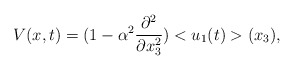
\begin{align*}V(x,t)=(1-\alpha^2\frac{\partial^2}{\partial x_3^2})<u_1(t)>(x_3),\end{align*}